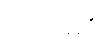
လက်မရှိ